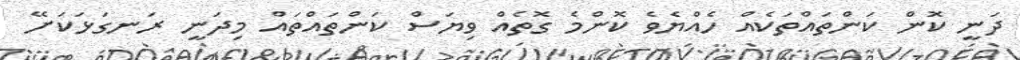
ދަނީ ކޮން ކަންތައްތަކެއް ހެއްޔެވެ ކޮންމެ ގޮތެއް ވިޔަސް ކަންތައްތައް މިދަނީ ރަނގަޅަކަށޭ